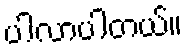
ပါလာပါတယ်။